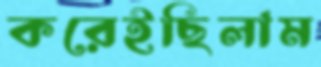
করেইছিলাম